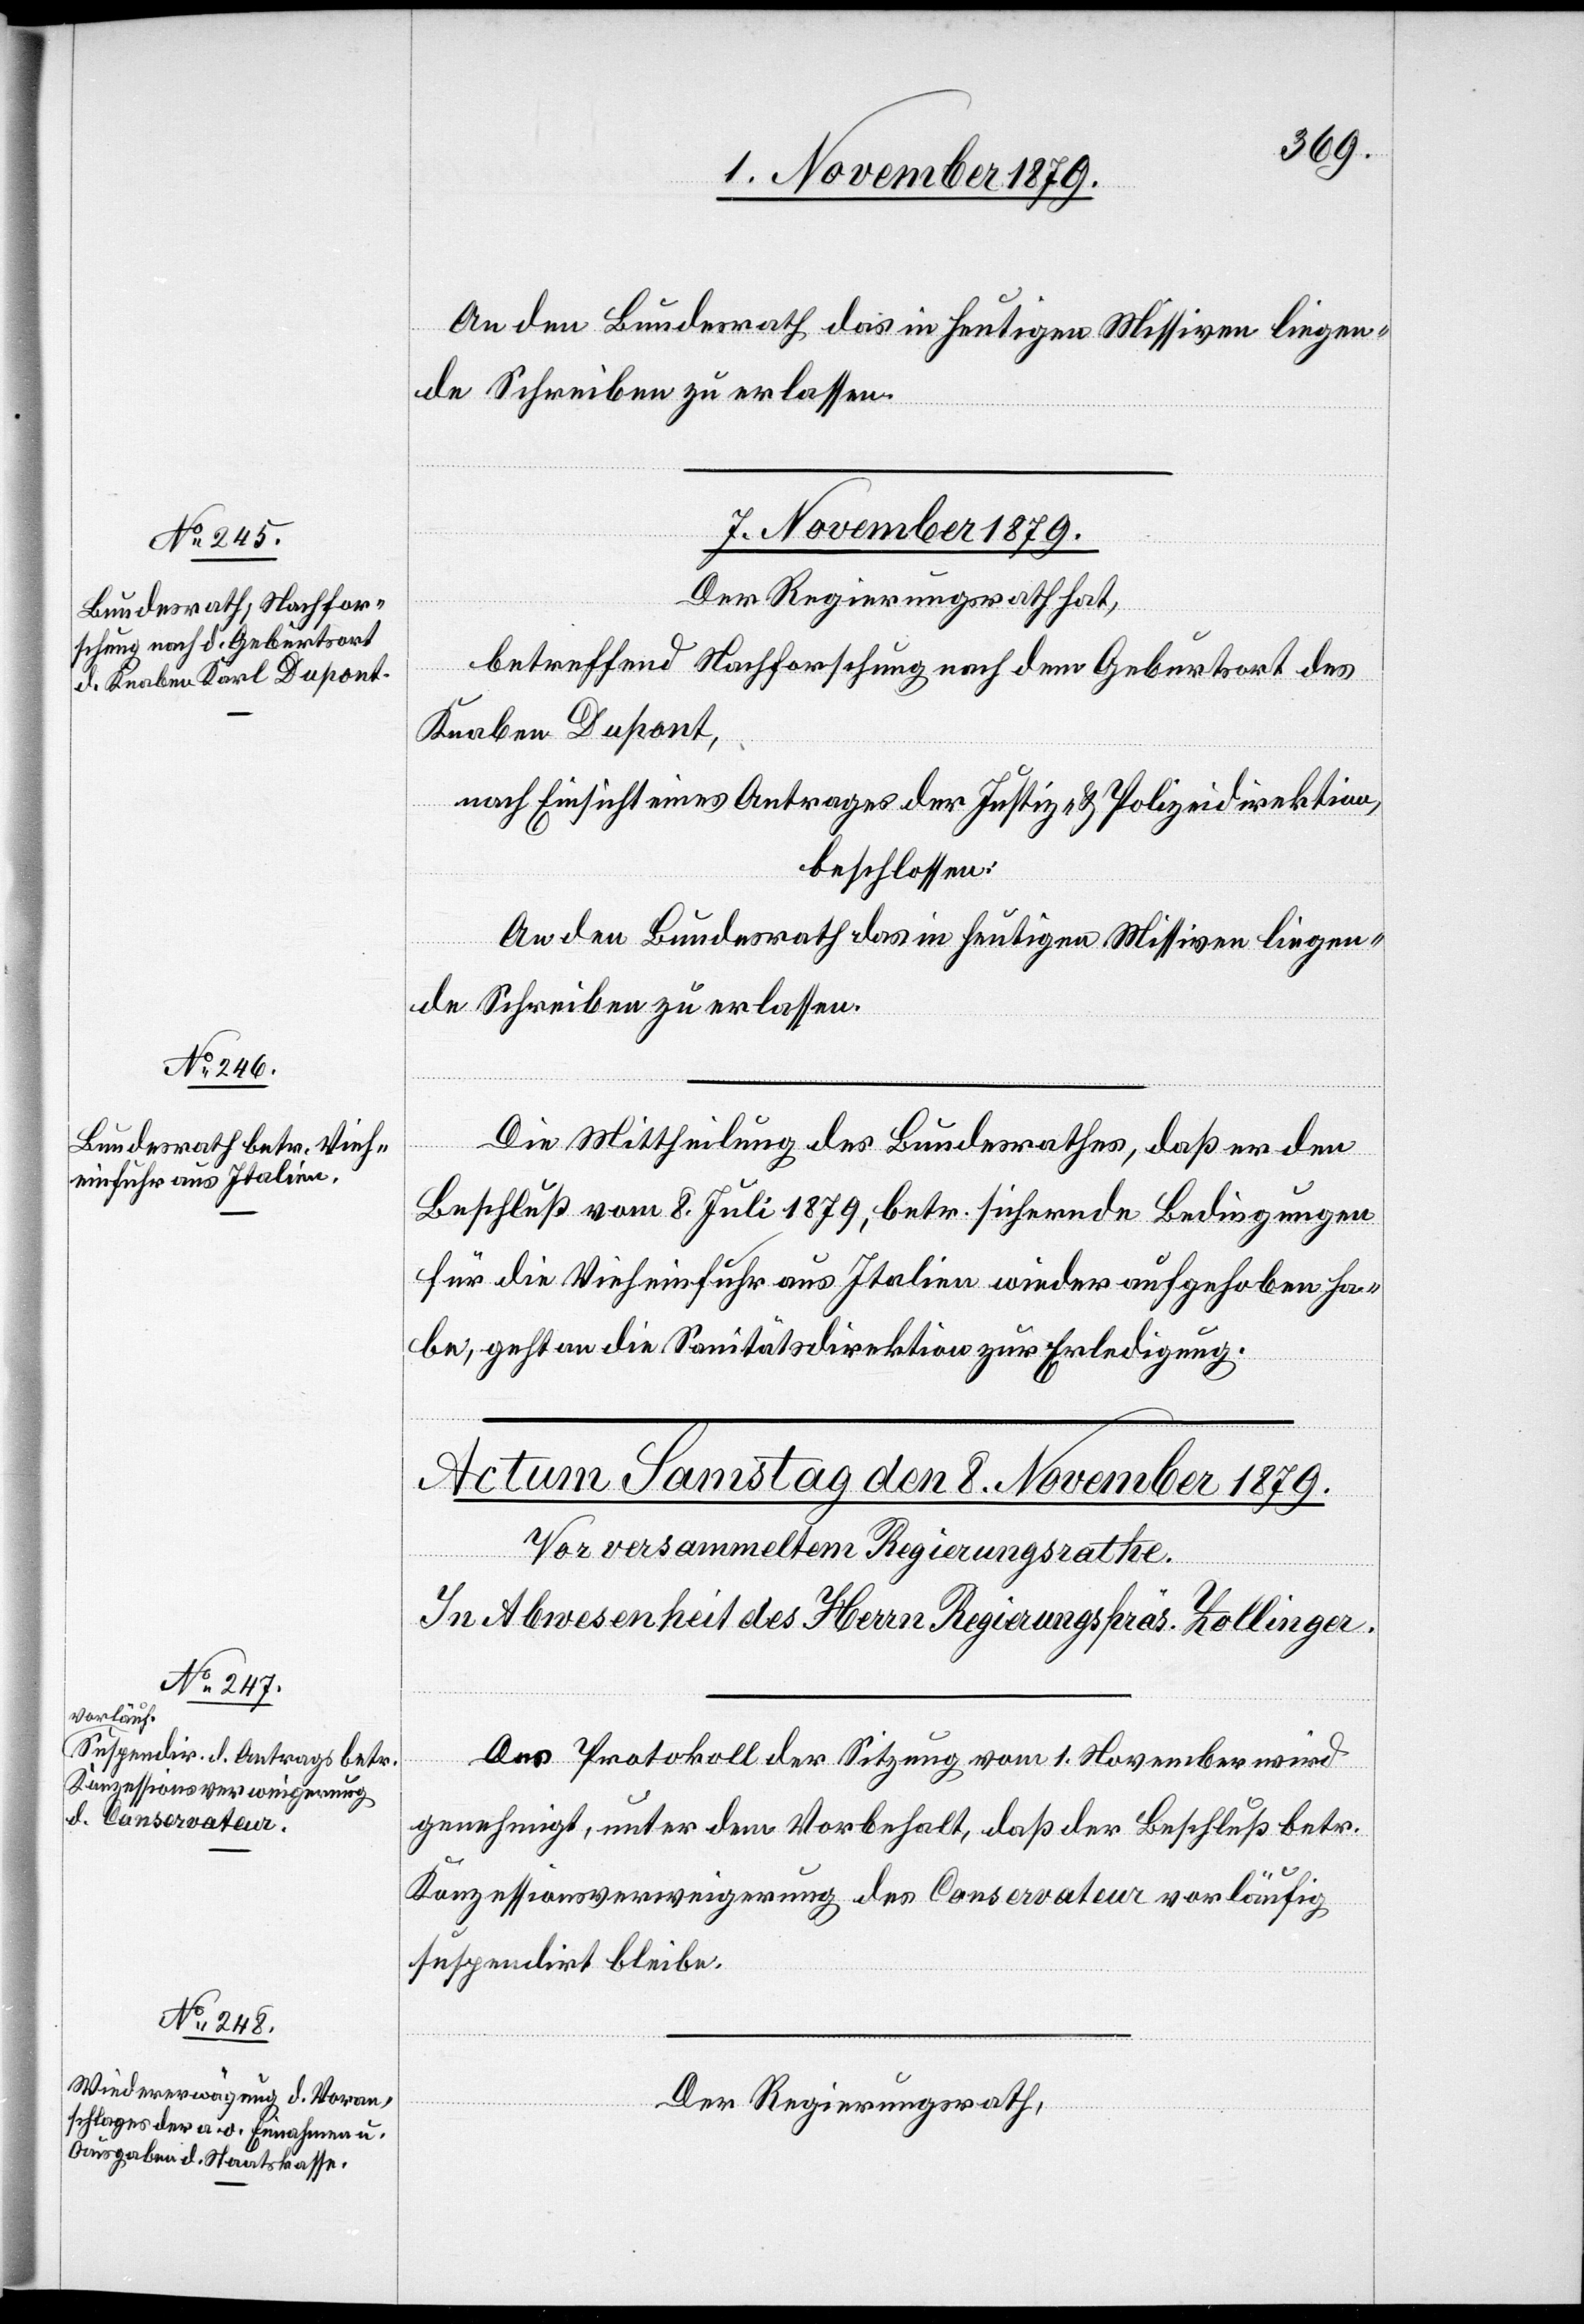
An den Bundesrath das in heutigen Missiven liegen¬
de Schreiben zu erlassen.
7. November 1879.]
Der Regierungsrath hat,
betreffend Nachforschung nach dem Geburtsort des
Knaben Dupont,
nach Einsicht eines Antrages der Justiz- & Polizeidirektion,
beschlossen:
be,
Die Mittheilung des Bundesrathes, daß er den
Beschluß vom 8. Juli 1879, betr. sichernde Bedingungen
für die Vieheinfuhr aus Italien wieder aufgehoben ha¬
die
Das Protokoll der Sitzung vom 1. November wird
genehmigt, unter dem Vorbehalt, daß der Beschluß betr.
Konzessionsverweigerung des Conservateur vorläufig
suspendirt bleibe.
Der Regierungsrath,